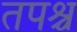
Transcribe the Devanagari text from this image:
तपश्च